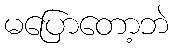
မပြောတော့ဘဲ